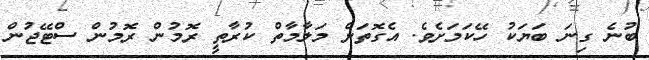
ބުނެ ގިނަ ބަޔަކު ހޭކަމަށެވެ. އެގޮތަށް މަލާމާތް ކުރާތީ ރޮމުން ރޮމުން ސްޓޭޖުން